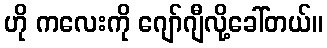
ဟို ကလေးကို ဂျော်ဂျီလို့ခေါ်တယ်။